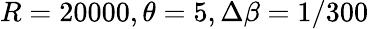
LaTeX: R=20000,\theta=5,\Delta\beta=1/300